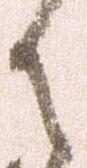
御